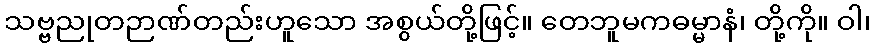
သဗ္ဗညုတဉာဏ်တည်းဟူသော အစွယ်တို့ဖြင့်။ တေဘူမကဓမ္မာနံ၊ တို့ကို။ ဝါ၊